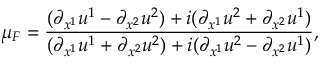
\mu _ { F } = \frac { ( \partial _ { x ^ { 1 } } u ^ { 1 } - \partial _ { x ^ { 2 } } u ^ { 2 } ) + i ( \partial _ { x ^ { 1 } } u ^ { 2 } + \partial _ { x ^ { 2 } } u ^ { 1 } ) } { ( \partial _ { x ^ { 1 } } u ^ { 1 } + \partial _ { x ^ { 2 } } u ^ { 2 } ) + i ( \partial _ { x ^ { 1 } } u ^ { 2 } - \partial _ { x ^ { 2 } } u ^ { 1 } ) } ,